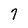
Character: 7